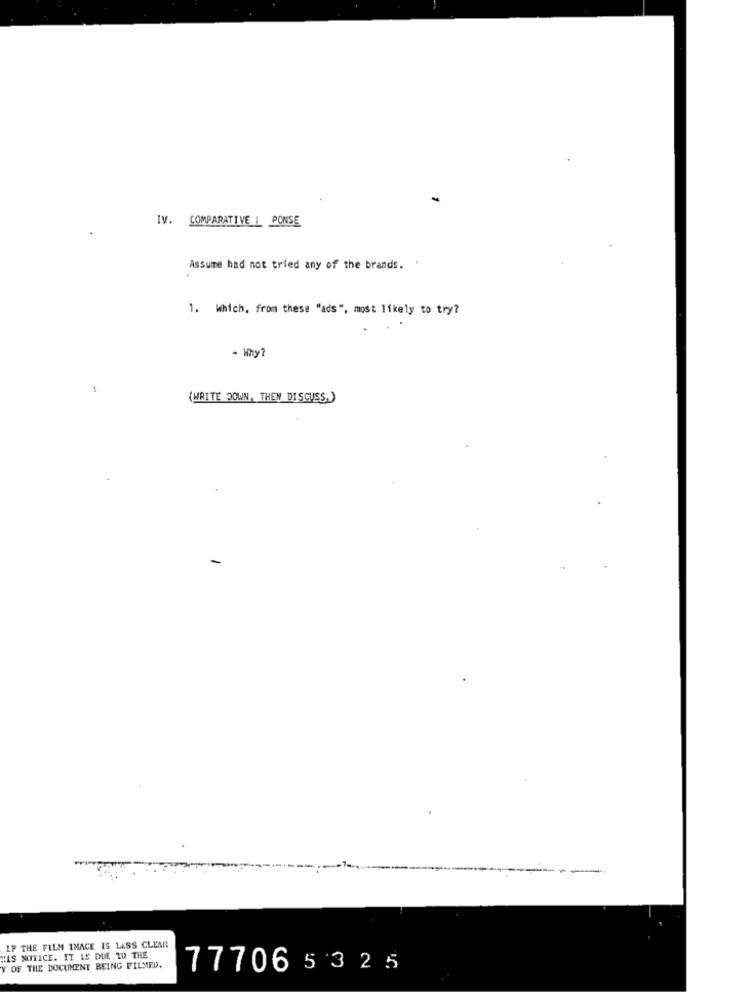
IV. COMPARATIVE : PONSE
Assume had not tried any of the brands. .
1. Which, from these "ads", most likely to try?
- Why?
(WRITE DOWN, THEN DISCUSS.)
IF THE FILM IMAGE IS LESS CLEAR
ILS MITICE. IT LE DUE TO THE
Y OF THE DOCUMENT BEING FILSIFD.
777065325